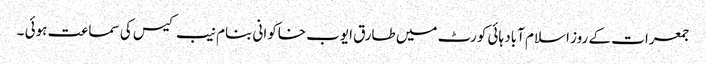
جمعرات کے روز اسلام آباد ہائی کورٹ میں طارق ایوب خاکوانی بنام نیب کیس کی سماعت ہوئی ۔